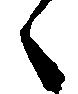
々